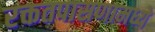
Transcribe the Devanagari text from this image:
रक्ततपासणामध्ये